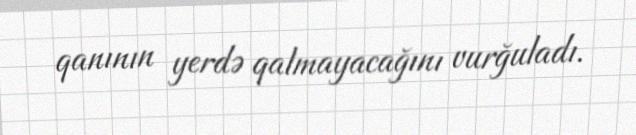
qanının yerdə qalmayacağını vurğuladı.